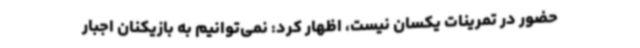
حضور در تمرینات یکسان نیست، اظهار کرد: نمی‌توانیم به بازیکنان اجبار